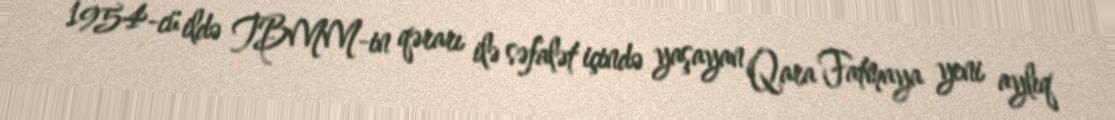
1954-cü ildə TBMM-in qərarı ilə səfalət içində yaşayan Qara Fatmaya yeni aylıq